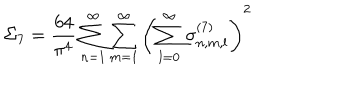
\Sigma _ { 7 } = \frac { 6 4 } { \pi ^ { 4 } } \sum _ { n = 1 } ^ { \infty } \sum _ { m = 1 } ^ { \infty } \left( \sum _ { l = 0 } ^ { \infty } \sigma _ { n , m , l } ^ { ( 7 ) } \right) ^ { 2 }